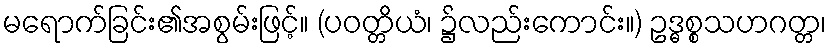
မရောက်ခြင်း၏အစွမ်းဖြင့်။ (ပဝတ္တိယံ၊ ၌လည်းကောင်း။) ဥဒ္ဓစ္စသဟဂတ္တ၊